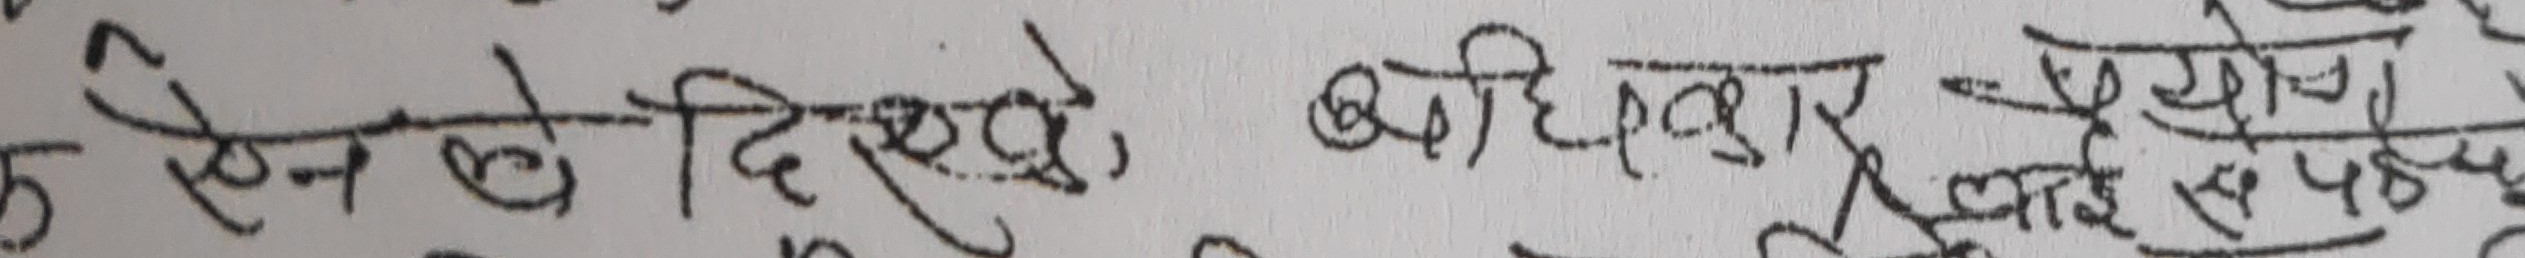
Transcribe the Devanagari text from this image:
हेनले दिख्खे, अधिकृल पुग्यो।